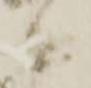
に